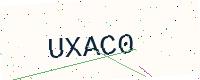
Text: UXAC0